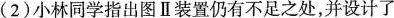
(2)小林同学指出图Ⅱ装置仍有不足之处，并设计了